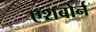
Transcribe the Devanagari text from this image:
एशबोर्न